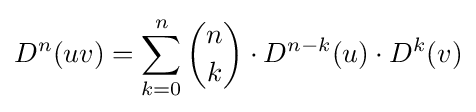
D^{n}(uv)=\sum _{k=0}^{n}{\binom {n}{k}}\cdot D^{n-k}(u)\cdot D^{k}(v)